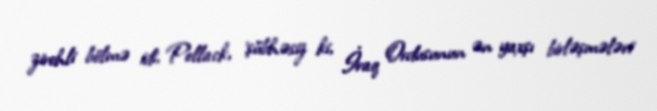
zirehli bölmə idi, Pollack, 'şübhəsiz ki, İraq Ordusunun ən yaxşı birləşmələri'